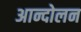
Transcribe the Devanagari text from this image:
अान्दोलन